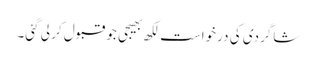
شاگردی کی درخواست لکھ بھیجی جو قبول کر لی گئی۔